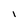
Character: l